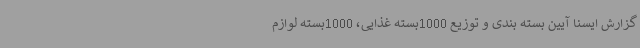
گزارش ایسنا آیین بسته بندی و توزیع 1000بسته غذایی، 1000بسته لوازم